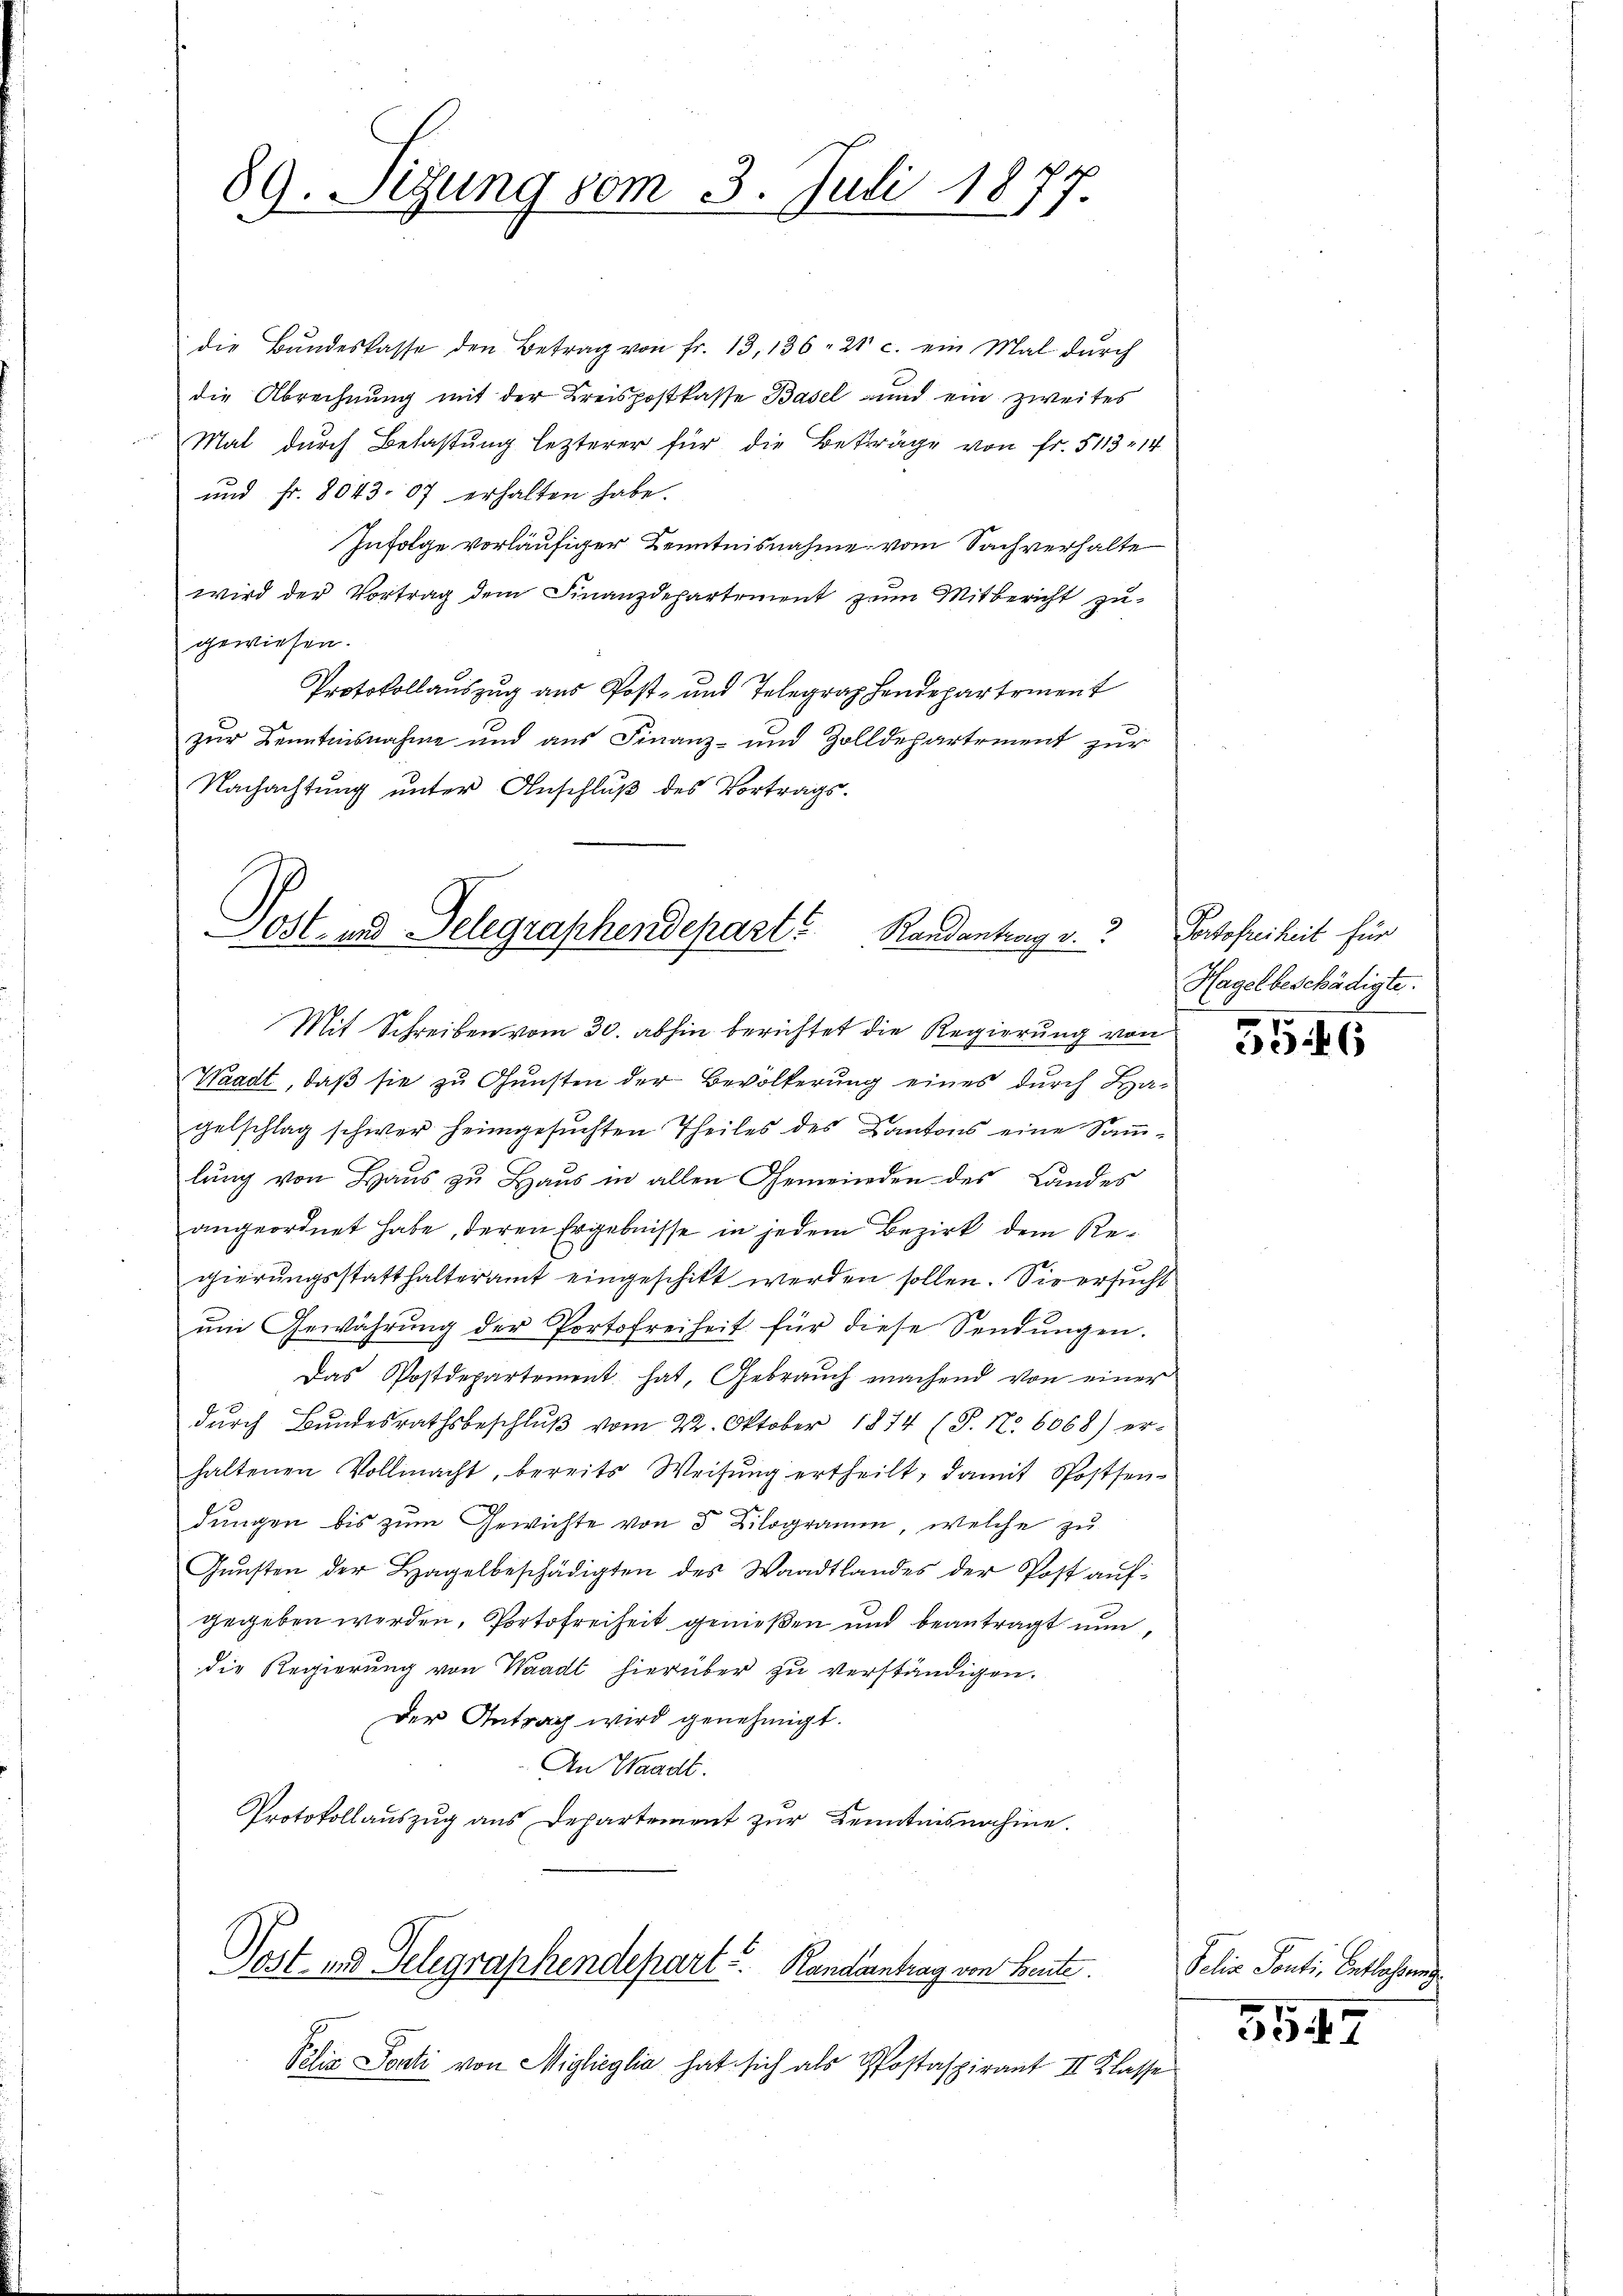
89. Sitzung vom 3. Juli 1877.
1

die Bŭndeskasse den Betrag von Fr. 13, 136. 21 c. ein Mal dŭrch
die Abrechnung mit der Kreispostkasse Basel und ein zweites
Mal durch Belastung lezterer für die Beträge von fr. 5113 14
und fr. 8043 07 erhalten habe.
Infolge vorläufiger Kenntnisnahme vom Sachverhalte
wird der Vortrag dem Finanzdepartement zum Mitbericht zugewiesen.
Protokollauszug aus Post- und Telegraphendepartement
zur Kenntnisnahme und aus Finanz- und Zolldepartement zur
Nachachtung unter Anschluß des Vortrags-

Ost- und Delegraphendepart Randantrag v.
e

Mit Schreiben vom 30. abhin berichtet die Regierung von
Waadt, daß sie zu Gunsten der Bevölkerung eines durch Hagelschlag schwer heimgesuchten Theiles des Kantons eine Samm-
lung von Haus zu Haus in allen Gemeinden des Landes
angeordnet habe, deren Ergebnisse in jedem Bezirk dem Regierungsstatthalteramt eingeschitt werden sollen. Sie ersucht
ŭm Gewährŭng der Portofreiheit für diese Sendungen.
Das Postdepartement hat, Gebrauch machend von einer
durch Bundesrathsbeschlŭβ vom 22. Oktober 1874 (S. Nr. 6068) er-
haltenen Vollmacht, bereits Weisŭng ertheilt, damit Postsen-
dungen bis zum Gewichte von 5 Kilogramm, welche zu
Gŭnsten der Hagelbeschädigten des Waadtlandes der Post aufgegeben werden, Portofreiheit genießen und beantragt nun,
die Regierung von Waadt hierüber zu verständigen.
Der Antrag wird genehmigt.
An Waadt.
Protokollauszug aus Departement zur Kenntnisnahme.

Piliz Ponti von Miglioglia hat sich als Postaspirant II Klasse

Post- und Telegraphendepart Randeantrag von Beute

Portofreiheit für
Hagel beschädigte.

556

Pelia Ponti, Entlassung

5547